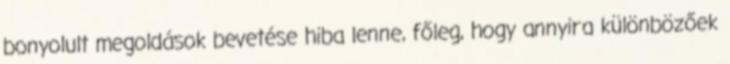
bonyolult megoldások bevetése hiba lenne, főleg, hogy annyira különbözőek